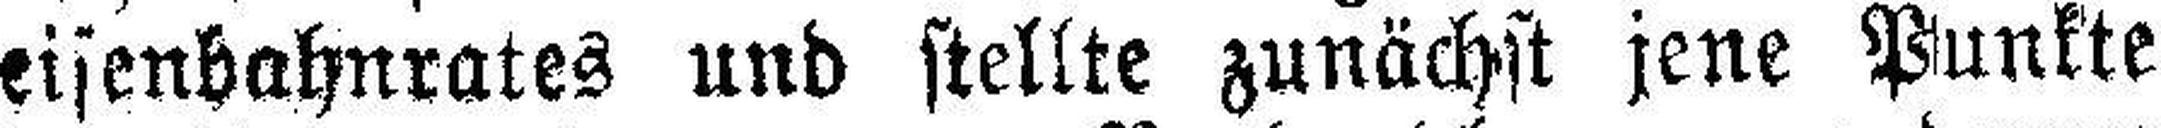
eisenbahnrates und stellte zunächst jene Punkte